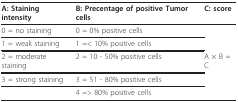
<table><thead><tr><td><b>A: Staining intensity</b></td><td><b>B: Precentage of positive Tumor cells</b></td><td><b>C: score</b></td></tr></thead><tbody><tr><td>0 = no staining</td><td>0 = 0% positive cells</td><td></td></tr><tr><td>1 = weak staining</td><td>1 =&lt; 10% positive cells</td><td></td></tr><tr><td>2 = moderate staining</td><td>2 = 10 - 50% positive cells</td><td>A × B = C</td></tr><tr><td>3 = strong staining</td><td>3 = 51 - 80% positive cells</td><td></td></tr><tr><td></td><td>4 =&gt; 80% positive cells</td><td></td></tr></tbody></table>